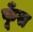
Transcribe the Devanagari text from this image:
फूँस